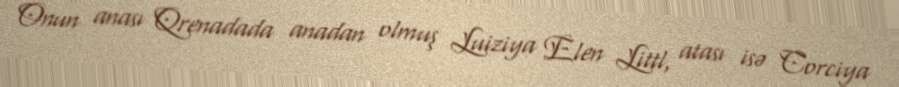
Onun anası Qrenadada anadan olmuş Luiziya Elen Littl, atası isə Corciya